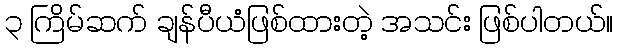
၃ ကြိမ်ဆက် ချန်ပီယံဖြစ်ထားတဲ့ အသင်း ဖြစ်ပါတယ်။